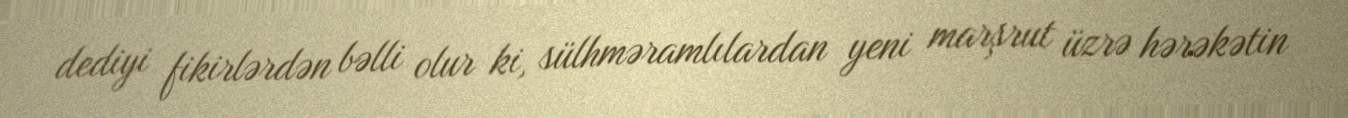
dediyi fikirlərdən bəlli olur ki, sülhməramlılardan yeni marşrut üzrə hərəkətin